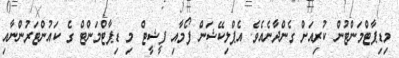
މިޑިޕާޓްމަންޓުން ކުރިއަށް ގެންދާނެއެވެ. އެޕްލިކޭޝަން ފޯމާއި ފީޝީޓް މި ޑިޕާޓްމަންޓް ގެ ކައުންޓަރުންނާއި